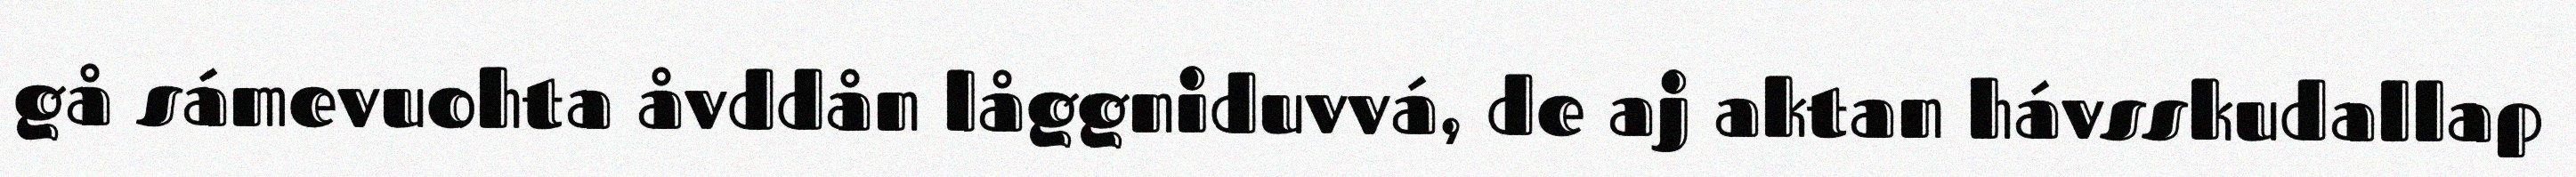
gå sámevuohta åvddån låggniduvvá, de aj aktan hávsskudallap